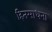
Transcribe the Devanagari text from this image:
हितसाधना